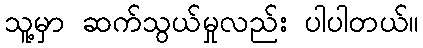
သူ့မှာ ဆက်သွယ်မှုလည်း ပါပါတယ်။